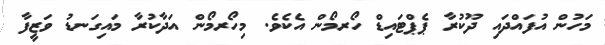
މަހުން އުފައްދައި ދޫކުރާ ޕެޕްޓައިޑް ހޯރމޯން އެކެވެ. މިހޯރމޯން އަދާކުރާ މައިގަނޑު ވަޒީފާ